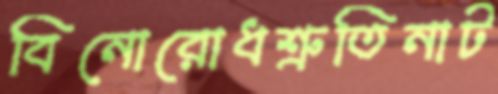
বিনোরোধশ্রুতিনাট